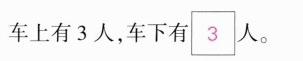
车上有3人，车下有\boxed{3}人。